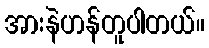
အားနဲဟန်တူပါတယ်။